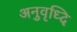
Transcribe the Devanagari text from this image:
अनुवृध्दि